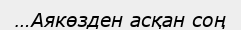
…Аякөзден асқан соң